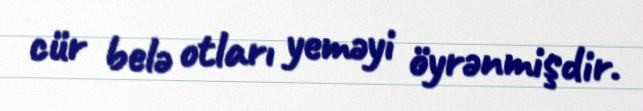
cür belə otları yeməyi öyrənmişdir.